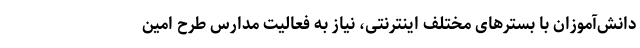
دانش‌آموزان با بسترهای مختلف اینترنتی، نیاز به فعالیت مدارس طرح امین